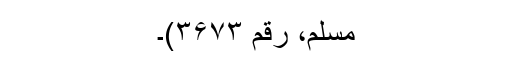
مسلم، رقم ۳۶۷۳)۔